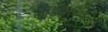
બીલફીલ